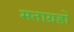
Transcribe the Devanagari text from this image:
मताग्रहों